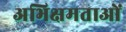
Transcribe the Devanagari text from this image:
अभिक्षमताओं